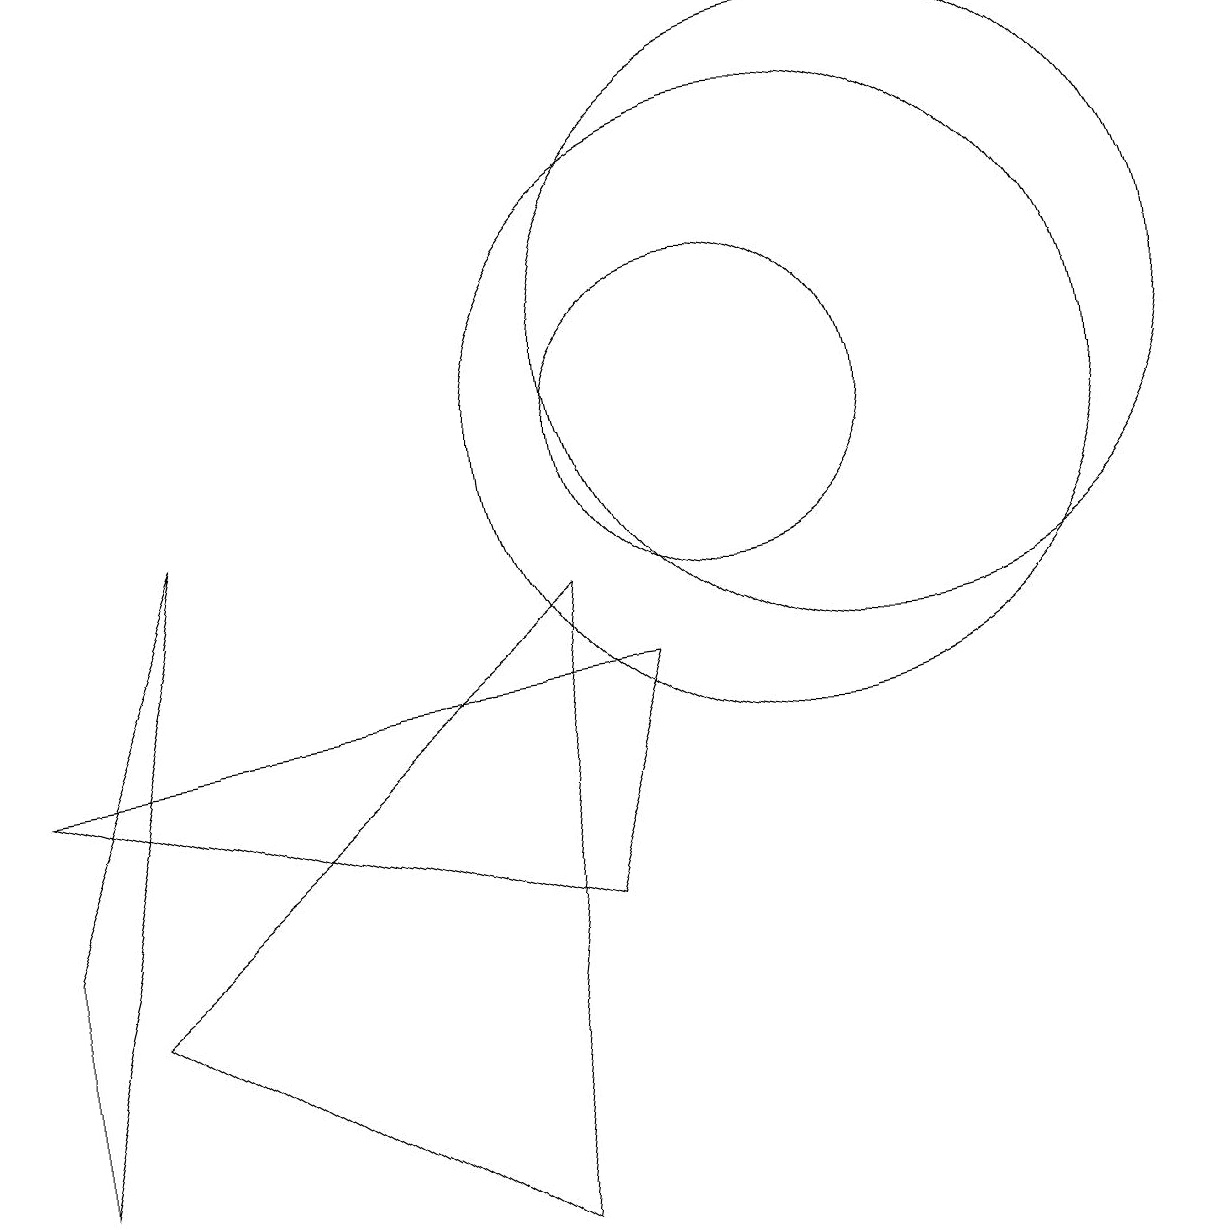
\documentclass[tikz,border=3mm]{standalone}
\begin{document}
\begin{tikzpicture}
\draw (10,10) circle (2);
\draw (11,10) circle (4);
\draw (1,4) -- (3,9) -- (1,1) -- cycle;
\draw (8,8) -- (7,0) -- (2,3) -- cycle;
\draw (8,4) -- (1,6) -- (9,7) -- cycle;
\draw (12,11) circle (4);
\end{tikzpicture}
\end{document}